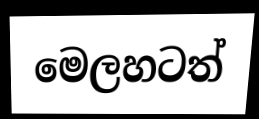
මෙලහටත්